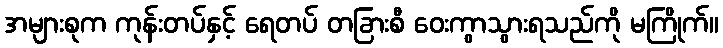
အများစုက ကုန်းတပ်နှင့် ရေတပ် တခြားစီ ဝေးကွာသွားရသည်ကို မကြိုက်။